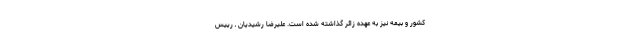
کشور و بیمه نیز به عهده زائر گذاشته شده است. علیرضا رشیدیان ـ رییس